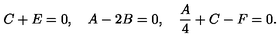
C + E = 0 , \quad A - 2 B = 0 , \quad \frac { A } { 4 } + C - F = 0 .